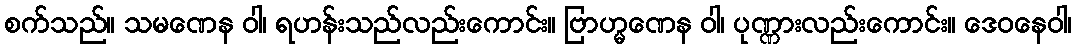
စက်သည်။ သမဏေန ဝါ၊ ရဟန်းသည်လည်းကောင်း။ ဗြာဟ္မဏေန ဝါ၊ ပုဏ္ဏားလည်းကောင်း။ ဒေဝနေဝါ၊